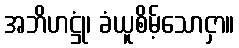
အဘိဟဋ္ဌုံ၊ ခံယူစိမ့်သောငှာ။